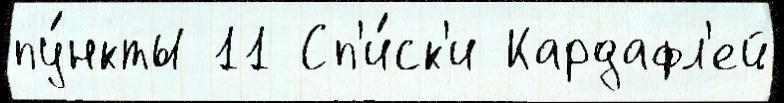
пу́нкты 11 Сп'и́ск'и Кардафл'ей